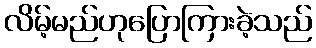
လိမ့်မည်ဟုပြောကြားခဲ့သည်